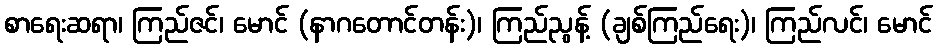
စာရေးဆရာ၊ ကြည်ဇင်၊ မောင် (နာဂတောင်တန်း)၊ ကြည်ညွန့် (ချစ်ကြည်ရေး)၊ ကြည်လင်၊ မောင်